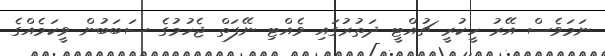
ނަމަވެސް އޭރު ހީކުރީ ޗުއްޓީ ދަތުރުގައި ވެއްޓި ނޭފަތް ޖެހުމުގެ ސަބަބުން ވީކަމެއްގެ